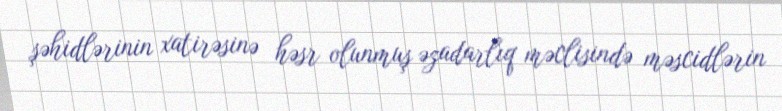
şəhidlərinin xatirəsinə həsr olunmuş əzadarlıq məclisində məscidlərin